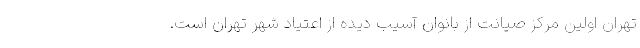
تهران اولین مرکز صیانت از بانوان آسیب دیده از اعتیاد شهر تهران است.